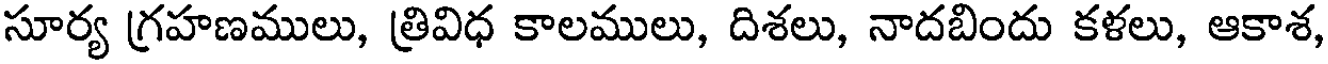
సూర్య గ్రహణములు, త్రివిధ కాలములు, దిశలు, నాదబిందు కళలు, ఆకాశ,